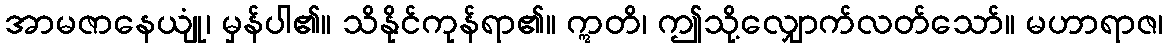
အာမဇာနေယျုံ၊ မှန်ပါ၏။ သိနိုင်ကုန်ရာ၏။ ဣတိ၊ ဤသို့လျှောက်လတ်သော်။ မဟာရာဇ၊